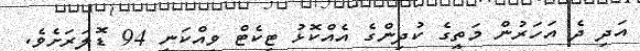
އަދި ދެ އަހަރުން މަތީގެ ކުދިންގެ އެއްކޮޅު ޓިކެޓް ވިއްކަނީ 94 ޑޮލަރަށެވެ.